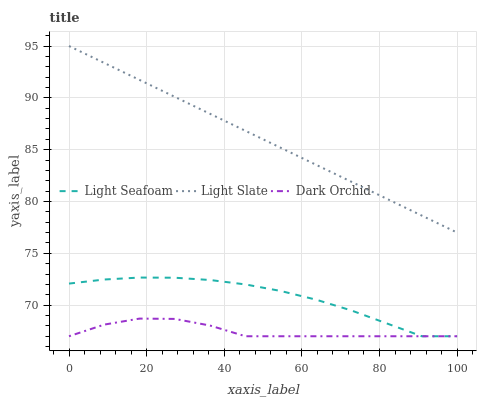
| xaxis_label | Light Seafoam | Light Slate | Dark Orchid |
 | --- | --- | --- | --- |
 | 0 | 72.1 | 95 | 67 |
 | 9.09 | 72.5 | 93.4 | 68.1 |
 | 18.2 | 72.7 | 91.7 | 68.7 |
 | 27.3 | 72.6 | 90.1 | 68.7 |
 | 36.4 | 72.4 | 88.5 | 68 |
 | 45.5 | 72 | 86.8 | 67 |
 | 54.5 | 71.4 | 85.2 | 67 |
 | 63.6 | 70.5 | 83.5 | 67 |
 | 72.7 | 69.5 | 81.9 | 67 |
 | 81.8 | 68.2 | 80.3 | 67 |
 | 90.9 | 67 | 78.6 | 67 |
 | 100 | 67 | 77 | 67 |